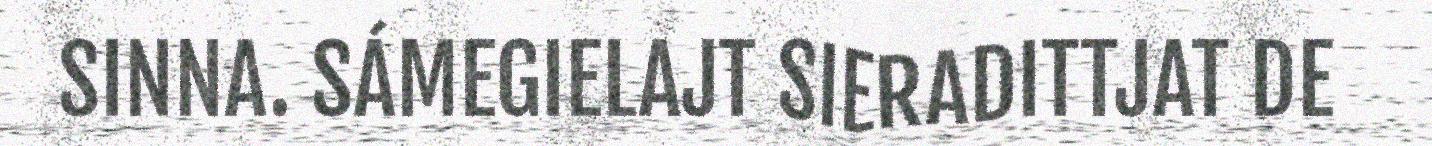
SINNA. SÁMEGIELAJT SIERADITTJAT DE